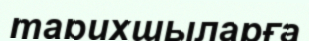
тарихшыларға